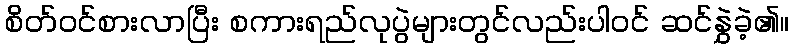
စိတ်ဝင်စားလာပြီး စကားရည်လုပွဲများတွင်လည်းပါဝင် ဆင်နွှဲခဲ့၏။